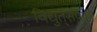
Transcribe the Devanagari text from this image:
विद्युत्‌संपर्को